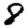
Digit: 8